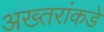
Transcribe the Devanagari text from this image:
अख्तरांकडे